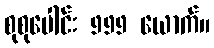
စုစုပေါင်း 999 ယောက်။